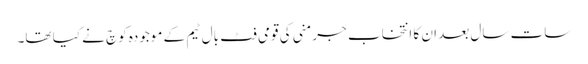
سات سال بعد ان کا انتخاب جرمنی کی قومی فٹ بال ٹیم کے موجودہ کوچ نے کیا تھا۔